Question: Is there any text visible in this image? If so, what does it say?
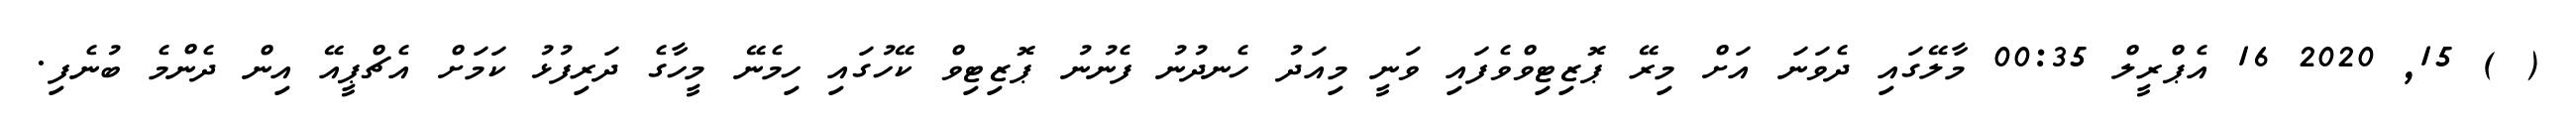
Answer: ( ) 15, 2020 16 އެޕްރީލް 00:35 މާލޭގައި ދެވަނަ އަށް މިރޭ ޕޮޒިޓިވްވެފައި ވަނީ މިއަދު ހެނދުނު ފެނުނު ޕޮޒިޓިވް ކޭހުގައި ހިމެނޭ މީހާގެ ދަރިފުޅު ކަމަށް އެޗްޕީއޭ އިން ދެންމެ ބުނެފި.